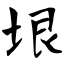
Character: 垠